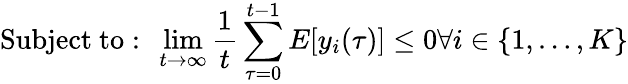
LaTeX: {\mathrm{Subject~to:~}}\operatorname*{lim}_{t\rightarrow\infty}{\frac{1}{t}}\sum_{\tau=0}^{t-1}E[y_{i}(\tau)]\leq 0{\mathrm{}}\forall i\in\{ 1,\ldots,K\}